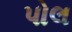
પોલ